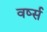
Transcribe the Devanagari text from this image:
वर्ष्स